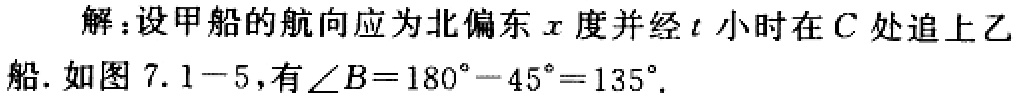
解：设甲船的航向应为北偏东\(x\)度并经\(t\)小时在\(C\)处追上乙船. 如图 \(7.1 - 5\)，有\(\angle B = 180^{\circ}-45^{\circ}=135^{\circ}\).